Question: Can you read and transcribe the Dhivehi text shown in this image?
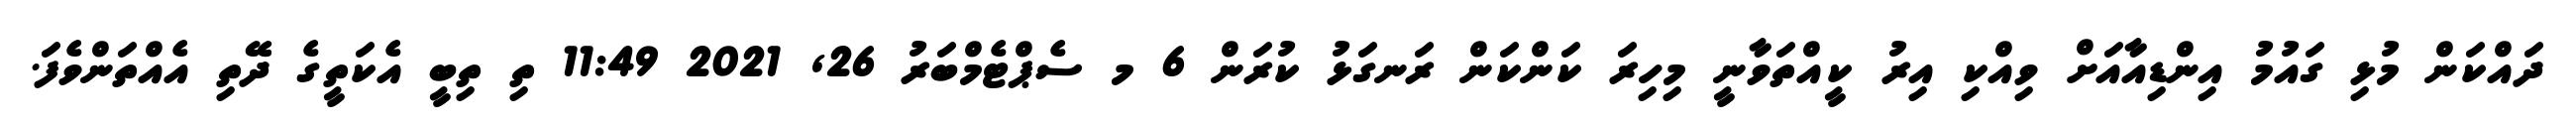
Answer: ދައްކަން މުޅި ގައުމު އިންޑިއާއަށް ވިއްކި އިރު ކީއްތަވާނީ މިހިރަ ކަންކަން ރަނގަޅު ކުރަން 6 މ ސެޕްޓެމްބަރު 26, 2021 11:49 ތި ތިބީ އެކަތީގެ ދޭތި އެއްތަންވެފަ.